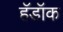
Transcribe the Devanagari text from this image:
हॅडॉक